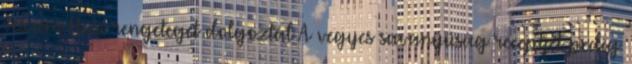
veszem Húú rengeteget dolgoztál A vegyes savanyúság receptjét pedig